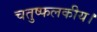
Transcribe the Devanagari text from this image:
चतुष्फलकीय।